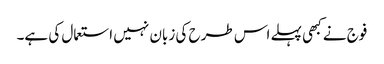
فوج نے کبھی پہلے اس طرح کی زبان نہیں استعمال کی ہے۔